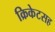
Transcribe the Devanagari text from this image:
क्रिकेटसह